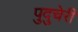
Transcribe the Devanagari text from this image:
पुदु्चेरी